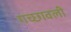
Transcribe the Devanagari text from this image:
गच्छावली